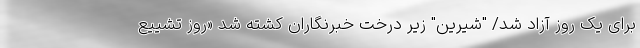
برای یک روز آزاد شد/ "شیرین" زیر درخت خبرنگاران کشته شد «روز تشییع